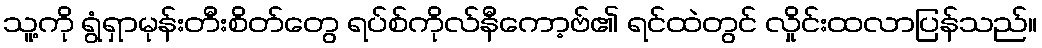
သူ့ကို ရွံရှာမုန်းတီးစိတ်တွေ ရပ်စ်ကိုလ်နီကော့ဗ်၏ ရင်ထဲတွင် လှိုင်းထလာပြန်သည်။